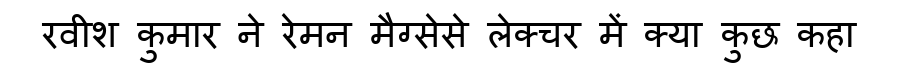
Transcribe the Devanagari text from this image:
रवीश कुमार ने रेमन मैग्सेसे लेक्चर में क्या कुछ कहा